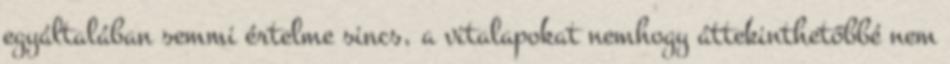
egyáltalában semmi értelme sincs, a vitalapokat nemhogy áttekinthetőbbé nem